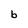
Character: b